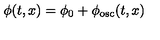
{ \phi } ( t , x ) = \phi _ { 0 } + { \phi } _ { \mathrm { { o s c } } } ( t , x )